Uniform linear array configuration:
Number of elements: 24
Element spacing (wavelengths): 0.75
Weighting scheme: blackman
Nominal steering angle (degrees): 45
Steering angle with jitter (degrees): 45.131
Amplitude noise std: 0.05
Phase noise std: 0.05

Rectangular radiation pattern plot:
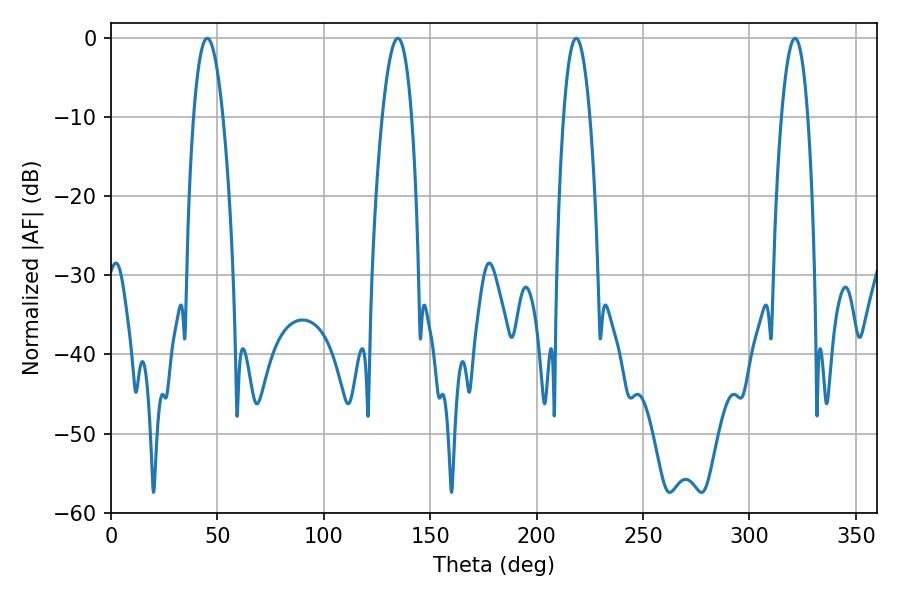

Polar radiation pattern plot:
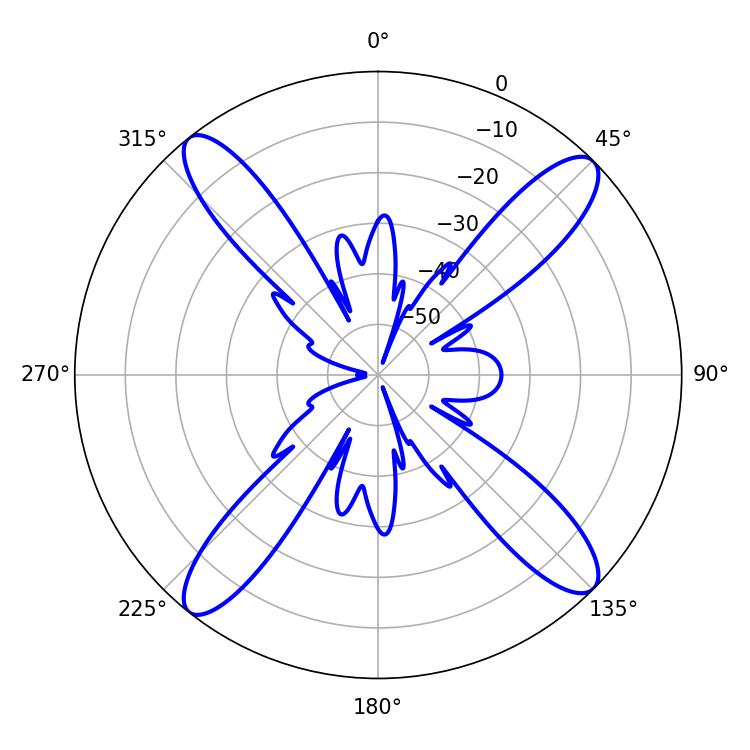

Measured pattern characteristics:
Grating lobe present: TRUE
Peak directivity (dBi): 16.652
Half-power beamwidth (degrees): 7.56
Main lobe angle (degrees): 45.18